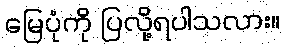
မြေပုံကို ပြလို့ရပါသလား။